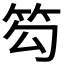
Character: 𥬉